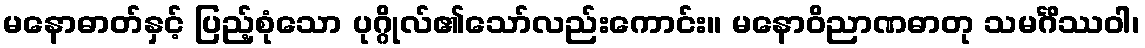
မနောဓာတ်နှင့် ပြည့်စုံသော ပုဂ္ဂိုလ်၏သော်လည်းကောင်း။ မနောဝိညာဏဓာတု သမင်္ဂိဿဝါ၊